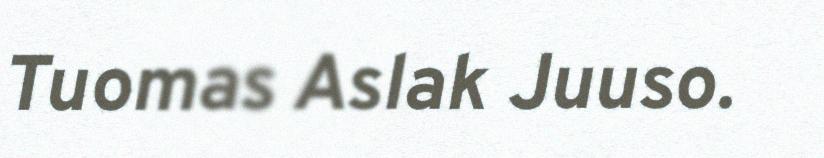
Tuomas Aslak Juuso.